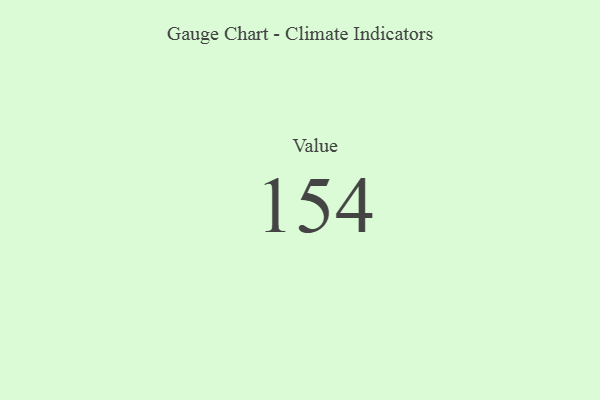
{"axis": {"x": "Metric", "y": "Value"}, "legend": [""], "data": [{"x": "Value", "y": 154, "type": ""}]}